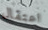
اعتقال